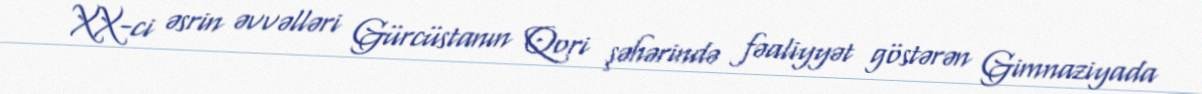
XX-ci əsrin əvvəlləri Gürcüstanın Qori şəhərində fəaliyyət göstərən Gimnaziyada